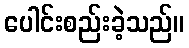
ပေါင်းစည်းခဲ့သည်။